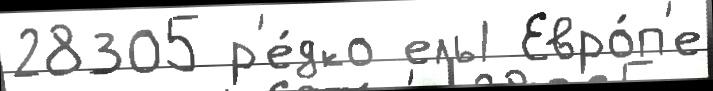
28305 р'е́дко ель1 Евро́п'е